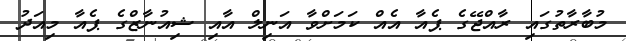
މުބާރާތުގައި ރާއްޖޭގެ ޕެއާ އެއް ކަމަށްވާ އަނިލް އާއި ޝިއުނާޒްގެ ޕެއާ މިއަދު